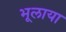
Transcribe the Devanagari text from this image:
भूलाया